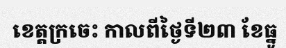
ខេត្តក្រចេះ កាលពីថ្ងៃទី២៣ ខែធ្នូ